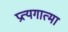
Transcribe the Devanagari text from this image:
प्रत्यगात्मा